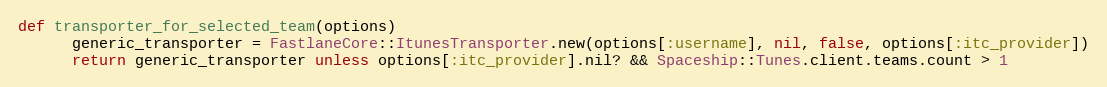
Language: Ruby
def transporter_for_selected_team(options)
      generic_transporter = FastlaneCore::ItunesTransporter.new(options[:username], nil, false, options[:itc_provider])
      return generic_transporter unless options[:itc_provider].nil? && Spaceship::Tunes.client.teams.count > 1